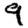
Digit: 9